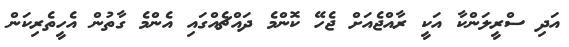
އަދި ސްރީލަންކާ އަކީ ރާއްޖެއަށް ޖެހޭ ކޮންމެ ދައްޗެއްގައި އެންމެ ގާތުން އެހީތެރިކަން